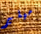
ميلير